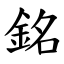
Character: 銘